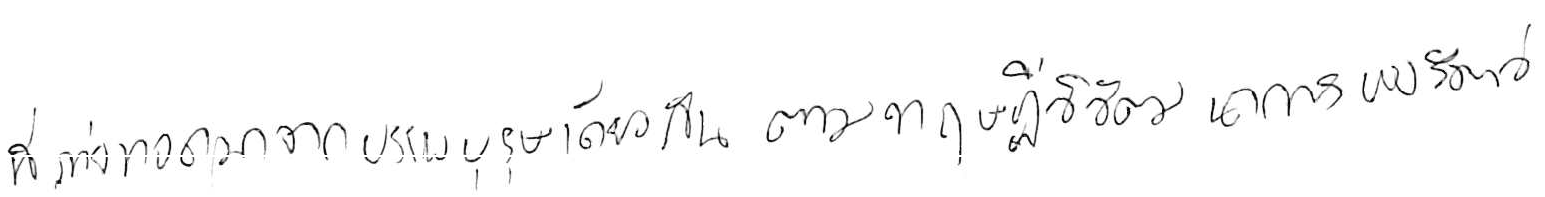
ที่ถ่ายทอดมาจากบรรพบุรุษเดียวกัน ตามทฤษฎีวิวัฒนาการของสัตว์